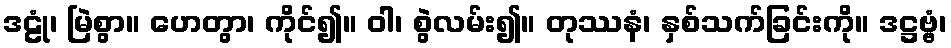
ဒဠုံ၊ မြဲစွာ။ ဟေတွာ၊ ကိုင်၍။ ဝါ၊ စွဲလမ်း၍။ တုဿနံ၊ နှစ်သက်ခြင်းကို။ ဒဋ္ဌဗ္ဗံ၊